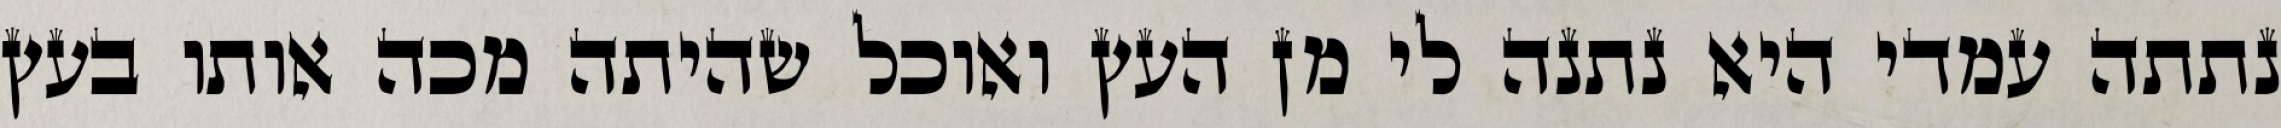
נתתה עמדי היא נתנה לי מן העץ ואוכל שהיתה מכה אותו בעץ